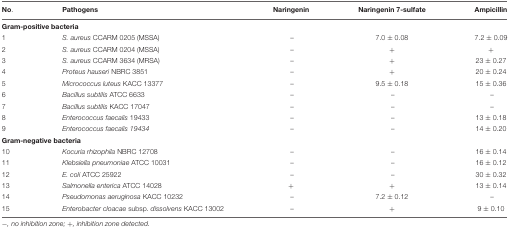
| No. | Pathogens | Naringenin | Naringenin 7-sulfate | Ampicillin |
 | --- | --- | --- | --- | --- |
 | <COLSPAN=5> Gram-positive bacteria |
 | 1 | S. aureus CCARM 0205 (MSSA) | – | 7.0 ± 0.08 | 7.2 ± 0.09 |
 | 2 | S. aureus CCARM 0204 (MSSA) | – | + | + |
 | 3 | S. aureus CCARM 3634 (MRSA) | – | + | 23 ± 0.27 |
 | 4 | Proteus hauseri NBRC 3851 | – | + | 20 ± 0.24 |
 | 5 | Micrococcus luteus KACC 13377 | – | 9.5 ± 0.18 | 15 ± 0.36 |
 | 6 | Bacillus subtilis ATCC 6633 | – | – | – |
 | 7 | Bacillus subtilis KACC 17047 | – | – | – |
 | 8 | Enterococcus faecalis 19433 | – | – | 13 ± 0.18 |
 | 9 | Enterococcus faecalis 19434 | – | – | 14 ± 0.20 |
 | <COLSPAN=5> Gram-negative bacteria |
 | 10 | Kocuria rhizophila NBRC 12708 | – | – | 16 ± 0.14 |
 | 11 | Klebsiella pneumoniae ATCC 10031 | – | – | 16 ± 0.12 |
 | 12 | E. coli ATCC 25922 | – | – | 30 ± 0.32 |
 | 13 | Salmonella enterica ATCC 14028 | + | + | 13 ± 0.14 |
 | 14 | Pseudomonas aeruginosa KACC 10232 | – | 7.2 ± 0.12 | – |
 | 15 | Enterobacter cloacae subsp. dissolvens KACC 13002 | – | + | 9 ± 0.10 |